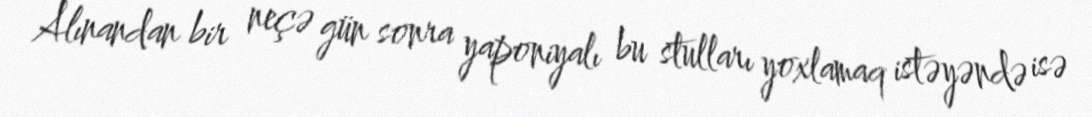
Alınandan bir neçə gün sonra yaponiyalı bu stulları yoxlamaq istəyəndə isə